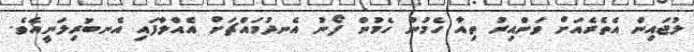
ލުޖައިން އެތެރެއަށް ވަންއިރު ތިއާ ހެމުން ހެމުން ފޯނު އެނދުމައްޗަށް އެއްލާފައި އެނބުރިލަނީއެވެ.